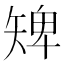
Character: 𥏠